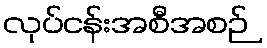
လုပ်ငန်းအစီအစဉ်